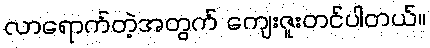
လာရောက်တဲ့အတွက် ကျေးဇူးတင်ပါတယ်။